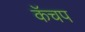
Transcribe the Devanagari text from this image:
कॅचप